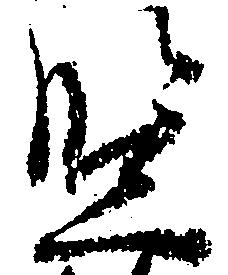
監